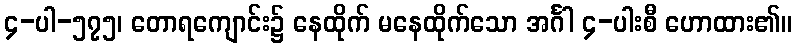
၄-ပါ-၅၇၅၊ တောရကျောင်း၌ နေထိုက် မနေထိုက်သော အင်္ဂါ ၄-ပါးစီ ဟောထား၏။